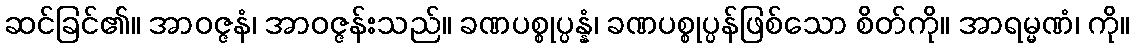
ဆင်ခြင်၏။ အာဝဇ္ဇနံ၊ အာဝဇ္ဇန်းသည်။ ခဏပစ္စုပ္ပန္နံ၊ ခဏပစ္စုပ္ပန်ဖြစ်သော စိတ်ကို။ အာရမ္မဏံ၊ ကို။